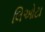
લિઓટા